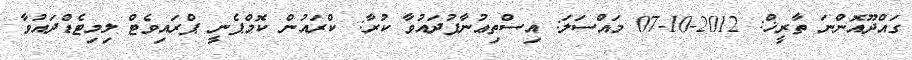
ގައްދޫއޮންނަ ތާރީޚް: 2012-10-07 މައްސަލަ: އިސްތިޢުނާފުދައުވާ ކުރާ: ކްރައުން ކޮމްޕެނީ ޕްރައިވެޓް ލިމިޓެޑްދައުވާ